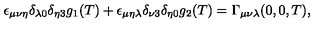
\epsilon _ { \mu \nu \eta } \delta _ { \lambda 0 } \delta _ { \eta 3 } g _ { 1 } ( T ) + \epsilon _ { \mu \eta \lambda } \delta _ { \nu 3 } \delta _ { \eta 0 } g _ { 2 } ( T ) = \Gamma _ { \mu \nu \lambda } ( 0 , 0 , T ) ,